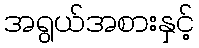
အရွယ်အစားနှင့်